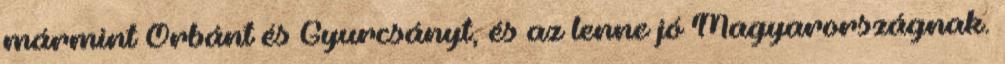
mármint Orbánt és Gyurcsányt, és az lenne jó Magyarországnak.